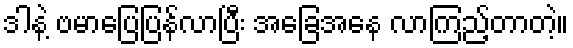
ဒါနဲ့ ဗမာပြေပြန်လာပြီး အခြေအနေ လာကြည့်တာတဲ့။